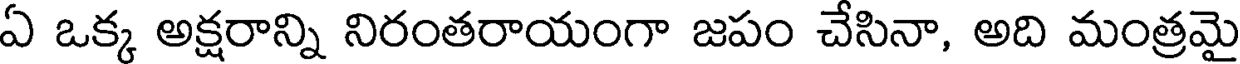
ఏ ఒక్క అక్షరాన్ని నిరంతరాయంగా జపం చేసినా, అది మంత్రమై